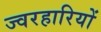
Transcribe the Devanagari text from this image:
ज्वरहारियों